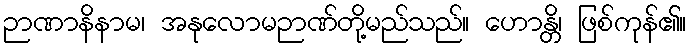
ဉာဏာနိနာမ၊ အနုလောမဉာဏ်တို့မည်သည်။ ဟောန္တိ၊ ဖြစ်ကုန်၏။